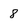
Character: 8